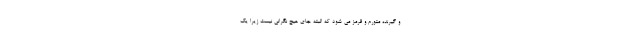
و گیرنده متورم و قرمز می شود که البته جای هیچ نگرانی نیست زیرا یک